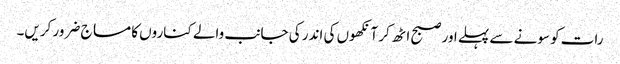
رات کو سونے سے پہلے اور صبح اٹھ کر آنکھوں کی اندر کی جانب والے کناروں کا مساج ضرور کریں۔